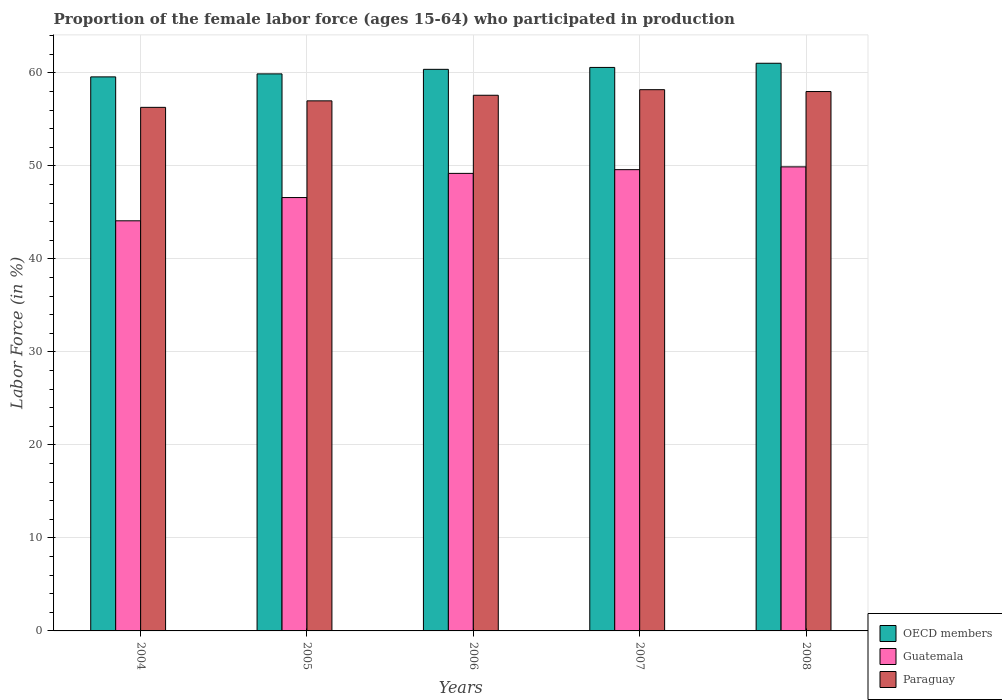
| Years | OECD members | Guatemala | Paraguay |
 | --- | --- | --- | --- |
 | 2004 | 59.6 | 44.1 | 56.3 |
 | 2005 | 59.9 | 46.6 | 57 |
 | 2006 | 60.4 | 49.2 | 57.6 |
 | 2007 | 60.6 | 49.6 | 58.2 |
 | 2008 | 61 | 49.9 | 58 |